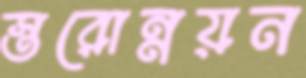
স্তরোন্নয়ন